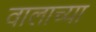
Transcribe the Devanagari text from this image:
वालाच्या